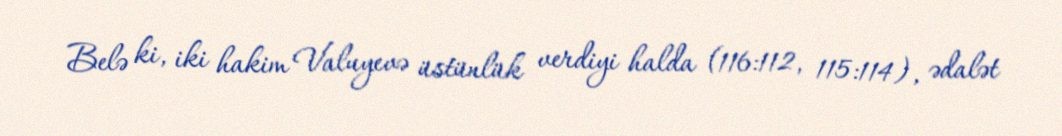
Belə ki, iki hakim Valuyevə üstünlük verdiyi halda (116:112, 115:114), ədalət